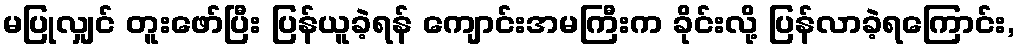
မပြုလျှင် တူးဖော်ပြီး ပြန်ယူခဲ့ရန် ကျောင်းအမကြီးက ခိုင်းလို့ ပြန်လာခဲ့ရကြောင်း,